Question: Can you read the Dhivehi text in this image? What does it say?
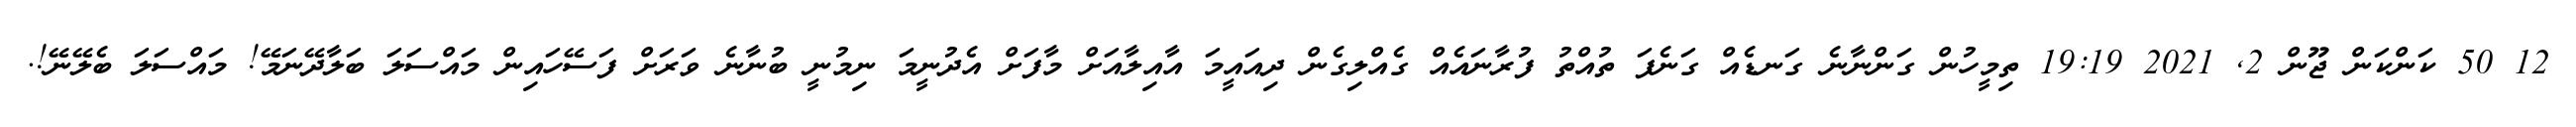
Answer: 12 50 ކަންކަން ޖޫން 2, 2021 19:19 ތިމީހުން ގަންނާނެ ގަނޑެއް ގަނެފަ ތުއްތު ފުރާނައެއް ގެއްލިގެން ދިއައީމަ އާއިލާއަށް މާފަށް އެދުނީމަ ނިމުނީ ބުނާނެ ވަރަށް ފަސޭހައިން މައްސަލަ ބަލާދޭނަމޭ! މައްސަލަ ބެލޭނޭ!.